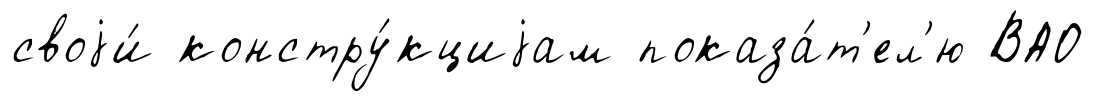
своjи́ констру́кциjам показа́т'ел'ю ВАО